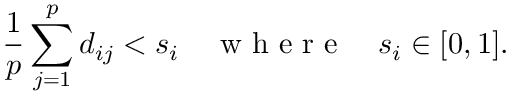
\frac { 1 } { p } \sum _ { j = 1 } ^ { p } d _ { i j } < s _ { i } \quad \textrm { w h e r e } \quad s _ { i } \in [ 0 , 1 ] .